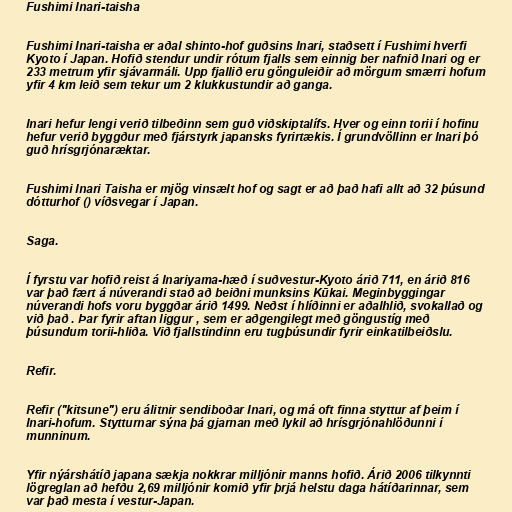
Fushimi Inari-taisha

Fushimi Inari-taisha er aðal shinto-hof guðsins Inari, staðsett í Fushimi hverfi
Kyoto í Japan. Hofið stendur undir rótum fjalls sem einnig ber nafnið Inari og er
233 metrum yfir sjávarmáli. Upp fjallið eru gönguleiðir að mörgum smærri hofum
yfir 4 km leið sem tekur um 2 klukkustundir að ganga.

Inari hefur lengi verið tilbeðinn sem guð viðskiptalífs. Hver og einn torii í hofinu
hefur verið byggður með fjárstyrk japansks fyrirtækis. Í grundvöllinn er Inari þó
guð hrísgrjónaræktar.

Fushimi Inari Taisha er mjög vinsælt hof og sagt er að það hafi allt að 32 þúsund
dótturhof () víðsvegar í Japan.

Saga.

Í fyrstu var hofið reist á Inariyama-hæð í suðvestur-Kyoto árið 711, en árið 816
var það fært á núverandi stað að beiðni munksins Kūkai. Meginbyggingar
núverandi hofs voru byggðar árið 1499. Neðst í hlíðinni er aðalhlið, svokallað og
við það . Þar fyrir aftan liggur , sem er aðgengilegt með göngustíg með
þúsundum torii-hliða. Við fjallstindinn eru tugþúsundir fyrir einkatilbeiðslu.

Refir.

Refir ("kitsune") eru álitnir sendiboðar Inari, og má oft finna styttur af þeim í
Inari-hofum. Stytturnar sýna þá gjarnan með lykil að hrísgrjónahlöðunni í
munninum.

Yfir nýárshátíð japana sækja nokkrar milljónir manns hofið. Árið 2006 tilkynnti
lögreglan að hefðu 2,69 milljónir komið yfir þrjá helstu daga hátíðarinnar, sem
var það mesta í vestur-Japan.